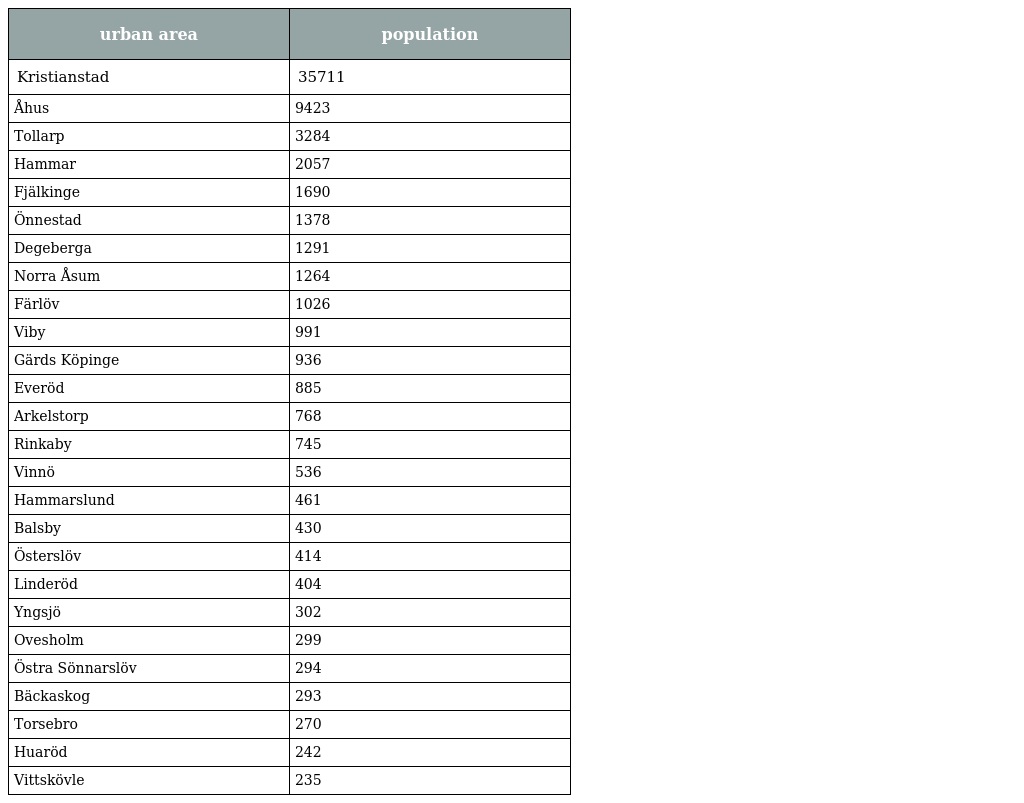
| urban area | population |
 | --- | --- |
 | Kristianstad | 35711 |
 | Åhus | 9423 |
 | Tollarp | 3284 |
 | Hammar | 2057 |
 | Fjälkinge | 1690 |
 | Önnestad | 1378 |
 | Degeberga | 1291 |
 | Norra Åsum | 1264 |
 | Färlöv | 1026 |
 | Viby | 991 |
 | Gärds Köpinge | 936 |
 | Everöd | 885 |
 | Arkelstorp | 768 |
 | Rinkaby | 745 |
 | Vinnö | 536 |
 | Hammarslund | 461 |
 | Balsby | 430 |
 | Österslöv | 414 |
 | Linderöd | 404 |
 | Yngsjö | 302 |
 | Ovesholm | 299 |
 | Östra Sönnarslöv | 294 |
 | Bäckaskog | 293 |
 | Torsebro | 270 |
 | Huaröd | 242 |
 | Vittskövle | 235 |